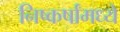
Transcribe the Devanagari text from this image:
निष्कर्षांमध्ये